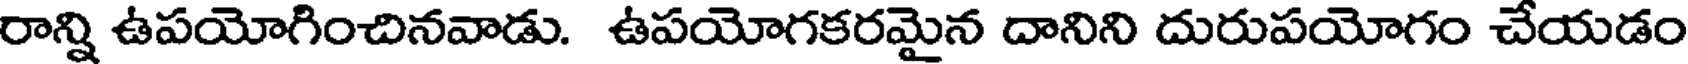
రాన్ని ఉపయోగించినవాడు. ఉపయోగకరమైన దానిని దురుపయోగం చేయడం